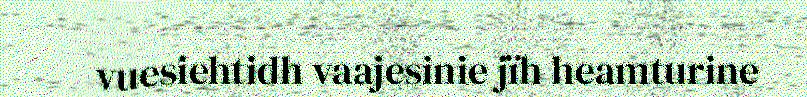
vuesiehtidh vaajesinie jïh heamturine